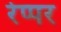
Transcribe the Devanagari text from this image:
रेप्पर